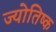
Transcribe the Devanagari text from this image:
ज्योतिष्क